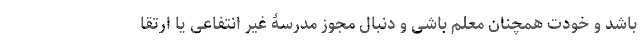
باشد و خودت همچنان معلم باشی و دنبال مجوز مدرسۀ غیر انتفاعی یا ارتقا